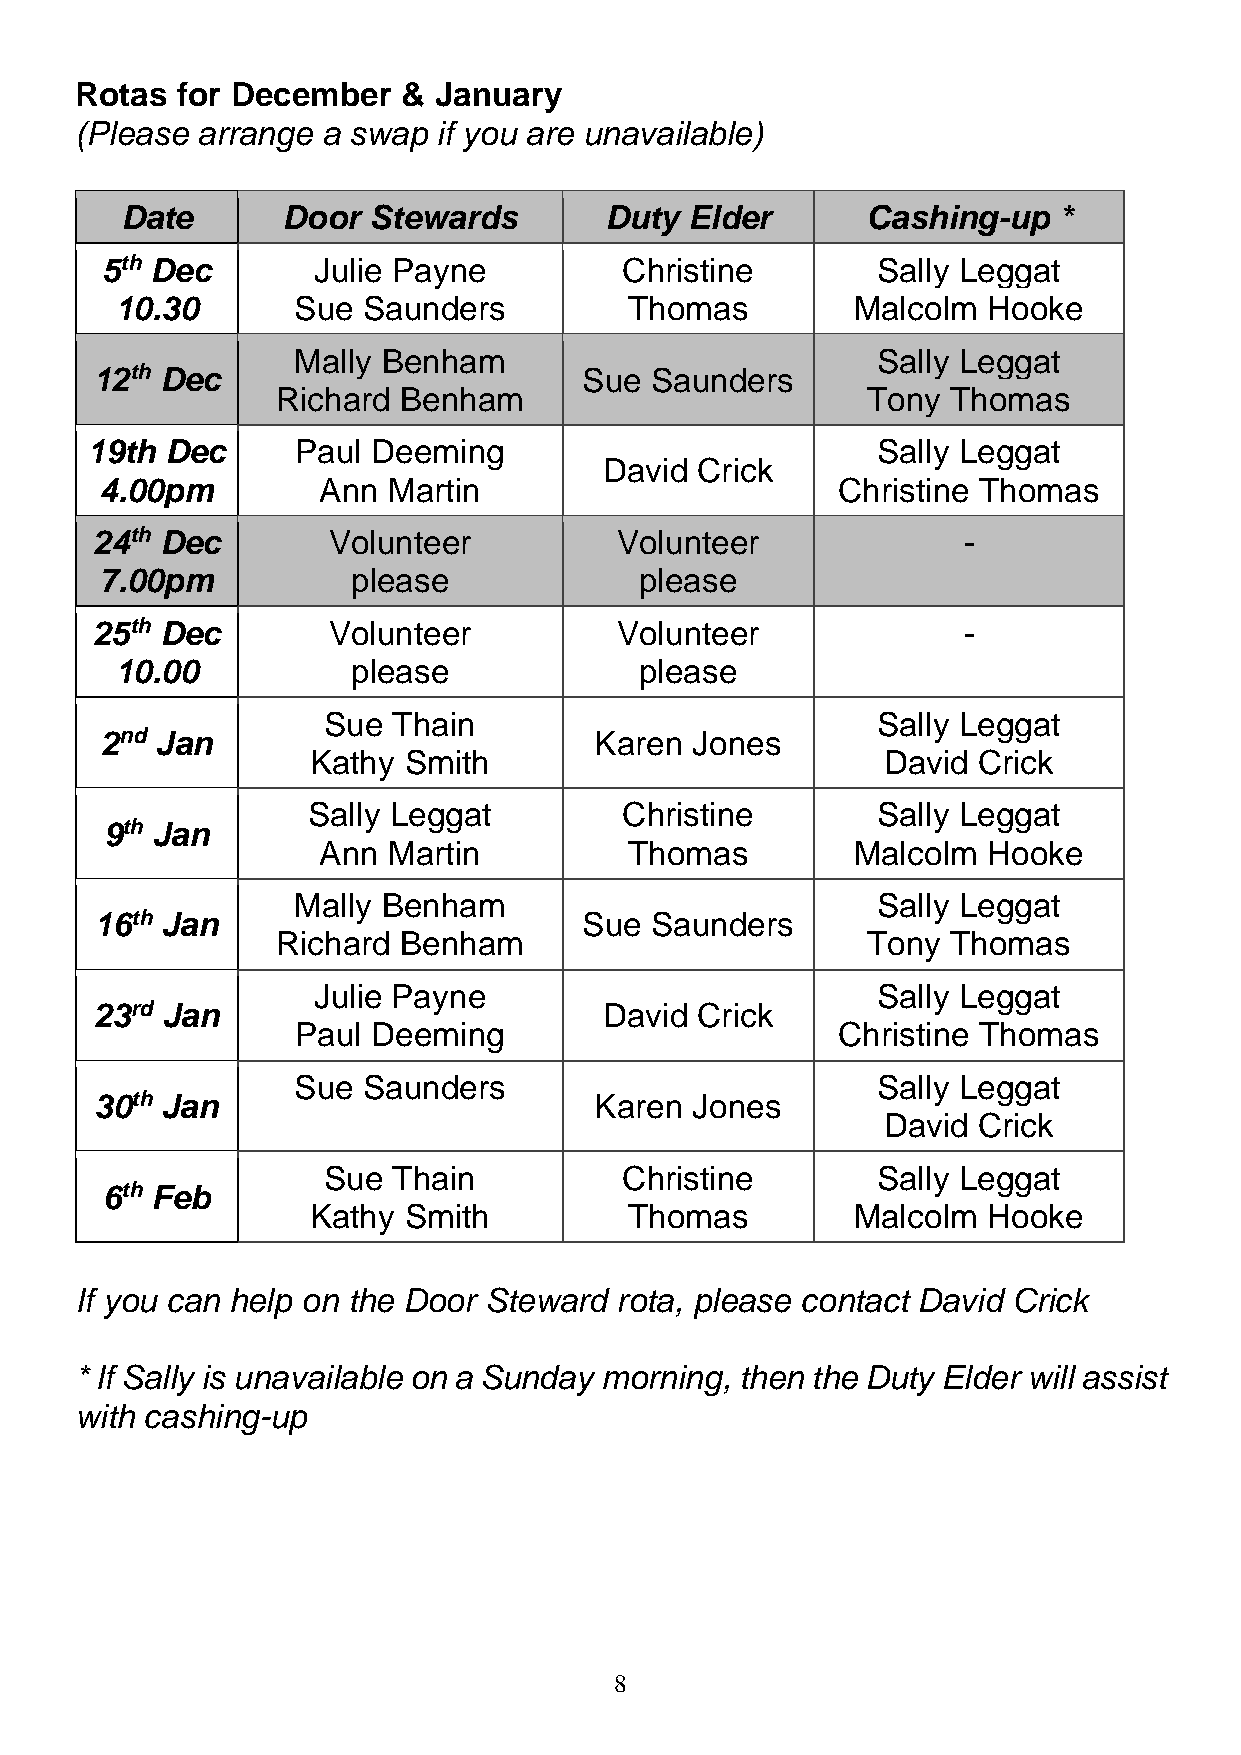
Rotas  for December   & January
 (Please arrange a swap  if you are unavailable)
 Date       Door Stewards        Duty  Elder      Cashing-up   *
 5th Dec       Julie Payne         Christine        Sally Leggat
 10.30      Sue  Saunders          Thomas         Malcolm Hooke
 Mally Benham                           Sally Leggat
 12th Dec                         Sue Saunders
 Richard Benham                         Tony  Thomas
 19th Dec      Paul Deeming                          Sally Leggat
 David Crick
 4.00pm        Ann  Martin                       Christine Thomas
 24th Dec        Volunteer          Volunteer              -
 7.00pm          please             please
 25th Dec        Volunteer          Volunteer              -
 10.00          please             please
 Sue  Thain                           Sally Leggat
 2nd Jan                         Karen  Jones
 Kathy Smith                          David  Crick
 Sally Leggat         Christine        Sally Leggat
 9th Jan
 Ann  Martin          Thomas         Malcolm Hooke
 Mally Benham                           Sally Leggat
 16th Jan                         Sue Saunders
 Richard Benham                         Tony  Thomas
 Julie Payne                          Sally Leggat
 23rd Jan                          David Crick
 Paul Deeming                       Christine Thomas
 Sue  Saunders                          Sally Leggat
 30th Jan                         Karen  Jones
 David  Crick
 Sue  Thain          Christine        Sally Leggat
 6th Feb
 Kathy Smith          Thomas         Malcolm Hooke
 If you can help on the Door Steward rota, please contact David Crick
 * If Sally is unavailable on a Sunday morning, then the Duty Elder will assist
 with cashing-up
 8